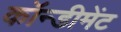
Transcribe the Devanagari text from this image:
कॉन्डीमेंट